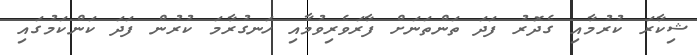
ޝިކާރަ ކުރުމާއި ގެދޮރު ފަދަ ތަންތަނަށް ފާރަވެރިވުމާއި ހަނގުރާމަ ކުރުން ފަދަ ކަންކަމުގައި